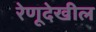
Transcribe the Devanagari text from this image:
रेणूदेखील